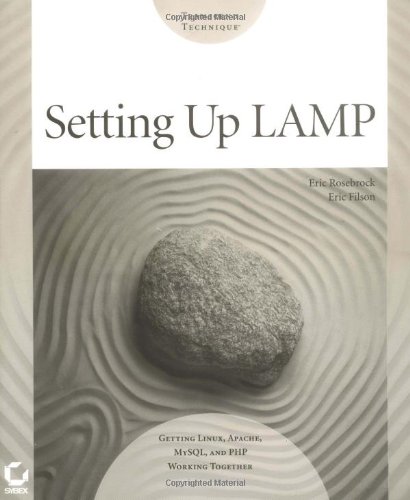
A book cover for Setting up LAMP: Getting Linux, Apache, MySQL, and PHP Working Together; Eric Filson; Computers & Technology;